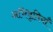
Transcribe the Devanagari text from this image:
अभिवृतियाँ